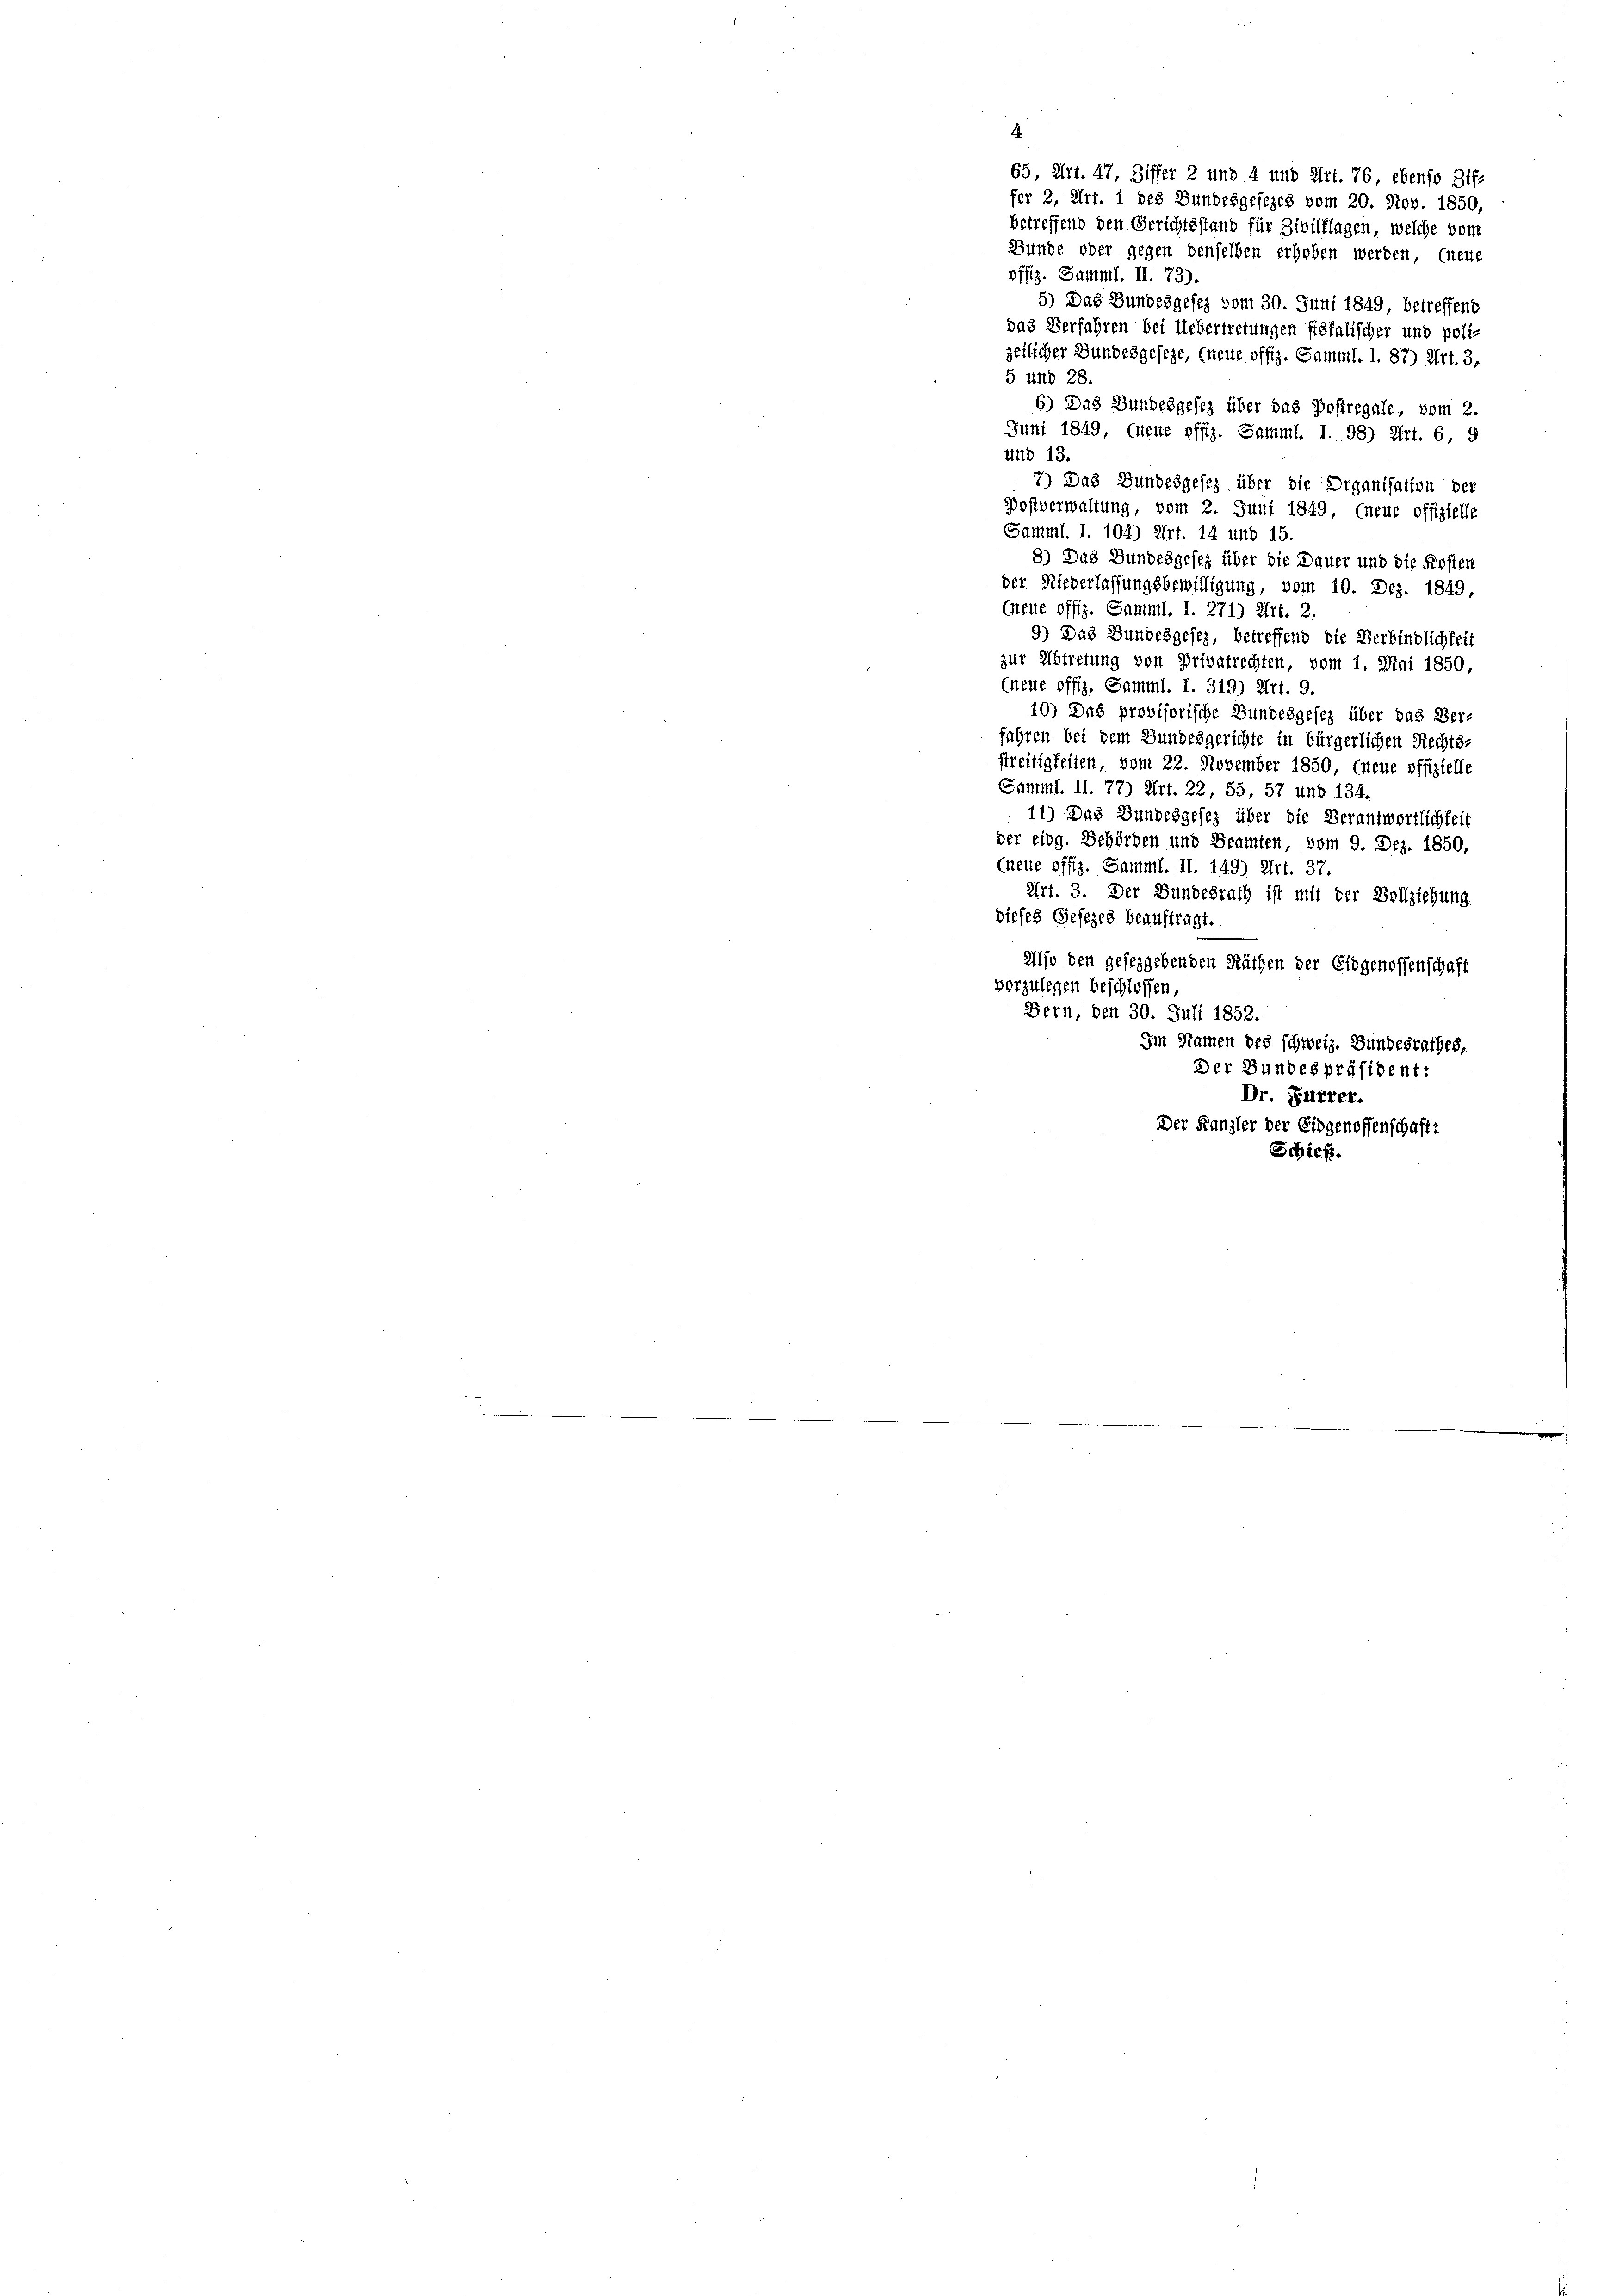
4
65, Art. 47, Ziffer 2 und 4 und Art. 76, ebenso Ziff
fer 2, Art. 1 des Bundesgesezes vom 20. Nov. 1850,
betreffend den Gerichtsstand für Zivilklagen, welche vom
Gunde oder gegen denselben erhoben werden, (neue
offiz. Samml. II. 73).
5) Das Bundesgesez vom 30. Juni 1849, betreffend
das Verfahren bei Uebertretungen fiskalischer und poli-
zeilicher Bundesgeseze, (neue offiz. Samml. 1. 87) Art. 3,
5. und 28.
6) Das Bundesgesez über das Postregale, vom 2.
Juni 1849, (neue offiz. Samml. I. 98) Art. 6, 9
und 13.
7) Das Bundesgesez über die Organisation der
Postverwaltung, vom 2. Juni 1849, (neue offizielle
Samml. I. 104) Art. 14 und 15.
8) Das Bundesgesetz über die Dauer und die Kosten
der Nieberlassungsbewilligung, vom 10. Dez. 1849,
(neue offiz. Samml. 1. 271) Art. 2.
9) Das Bundesgesez, betreffend die Verbindlichkeit
zur Abtretung von Privatrechten, vom 1. Mai 1850,
(neue offiz. Sammt. I. 319) Art. 9.
10) Das provisorische Bundesgesez über das Ver-
fahren bei dem Bundesgerichte in bürgerlichen Rechts-
streitigkeiten, vom 22. November 1850, (neue offizielle
Samml. II. 77) Art. 22, 55, 57 und 134.
11) Das Bundesgesez über die Verantwortlichkeit
der eidg. Behörden und Beamten, vom 9. Dez. 1850,
(neue offiz. Samml. II. 149) Art. 37.
Art. 3. Der Bundesrath ist mit der Vollziehung
dieses Gesezes beauftragt.
Also den gesezgebenden Räthen der Eidgenossenschaft
vorzulegen beschlossen,
Bern, den 30. Juli 1852.
Im Namen des schweiz. Bundesrathes,
Der Bundespräsident:
Dr. Furrer.
Der Kanzler der Eidgenossenschaft-
Schief